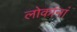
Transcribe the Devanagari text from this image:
लोकांनां